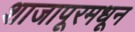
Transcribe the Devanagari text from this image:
शाजापूरमधून